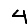
Digit: 4